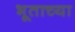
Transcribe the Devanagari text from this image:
भूताच्या